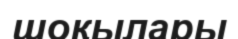
шоқылары